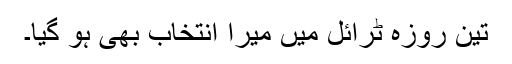
تین روزہ ٹرائل میں میرا انتخاب بھی ہو گیا۔